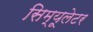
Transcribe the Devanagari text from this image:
सिम्यूलेटर